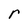
Character: r